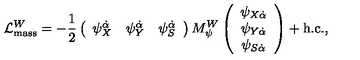
{ \cal L } _ { \mathrm { m a s s } } ^ { W } = - { \frac { 1 } { 2 } } \left( \begin{array} { c c c } { \psi _ { X } ^ { \dot { \alpha } } } & { \psi _ { Y } ^ { \dot { \alpha } } } & { \psi _ { S } ^ { \dot { \alpha } } } \\ \end{array} \right) M _ { \psi } ^ { W } \left( \begin{array} { c } { \psi _ { X \dot { \alpha } } } \\ { \psi _ { Y \dot { \alpha } } } \\ { \psi _ { S \dot { \alpha } } } \\ \end{array} \right) + \mathrm { h . c . } ,